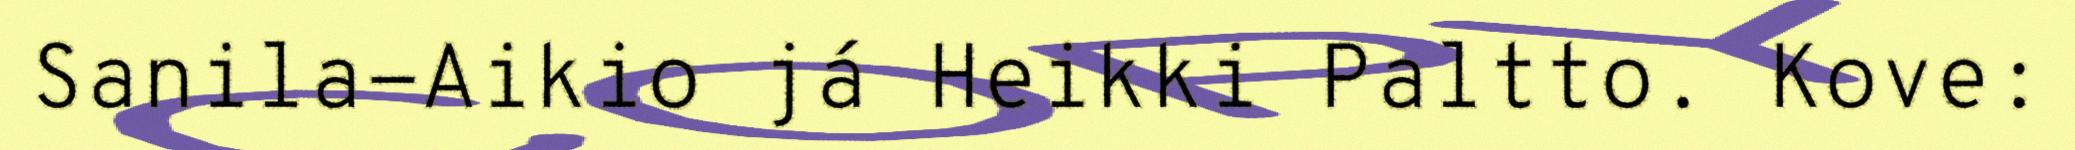
Sanila-Aikio já Heikki Paltto. Kove: